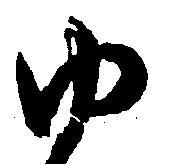
ゆ